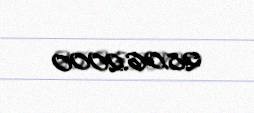
28.06.2000